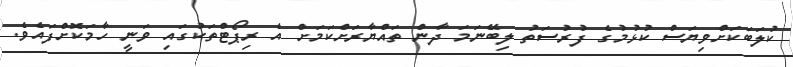
ކުލަބަކަށްވިޔަސް ކުޅުމުގެ ފުރުސަތު ލިބޭނަމަ ދާން ތައްޔާރަށްކަމަށް އެ ރިޕޯޓްތަކުގައި ވަނީ ހާމަކޮށްފައެވެ.